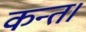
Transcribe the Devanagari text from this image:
कन्‍त।